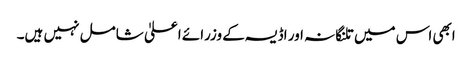
ابھی اس میں تلنگانہ اور اڈیسہ کے وزرائے اعلیٰ شامل نہیں ہیں۔